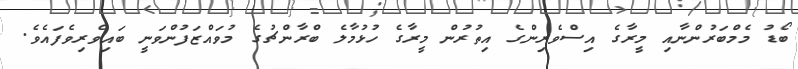
ބޯޑު މެމްބަރުންނާއި މީރާގެ އިސްވެރިންގެ އިތުރުން މީރާގެ ހުޅުމާލެ ބްރާންޗުގެ މުވައްޒަފުންވަނީ ބައިވެރިވެފައެވެ.